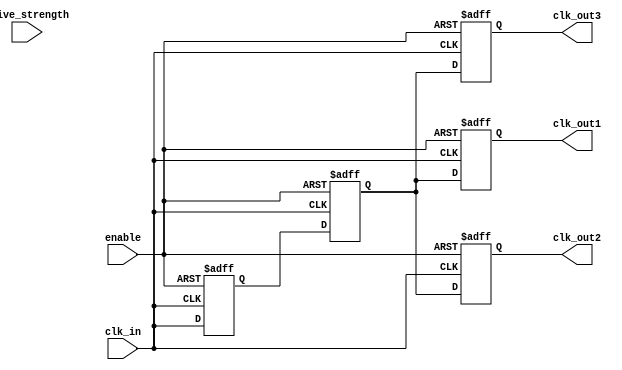
module low_power_clock_buffer (
    input wire clk_in,          // Input clock signal
    input wire enable,          // Enable signal for the buffer
    input wire [1:0] drive_strength, // Configurable drive strength
    output reg clk_out1,        // Buffered clock output 1
    output reg clk_out2,        // Buffered clock output 2
    output reg clk_out3         // Buffered clock output 3
);

    // Parameters for buffer stages
    parameter STAGE1_DELAY = 1; // Delay for stage 1
    parameter STAGE2_DELAY = 2; // Delay for stage 2
    parameter STAGE3_DELAY = 3; // Delay for stage 3

    // Internal signals for clock buffering
    reg clk_stage1;
    reg clk_stage2;

    // Clock gating logic
    always @(posedge clk_in or negedge enable) begin
        if (!enable) begin
            clk_stage1 <= 1'b0;
            clk_stage2 <= 1'b0;
            clk_out1 <= 1'b0;
            clk_out2 <= 1'b0;
            clk_out3 <= 1'b0;
        end else begin
            // Stage 1 buffering
            clk_stage1 <= #STAGE1_DELAY clk_in;

            // Stage 2 buffering
            clk_stage2 <= #STAGE2_DELAY clk_stage1;

            // Output generation based on drive strength
            case (drive_strength)
                2'b00: begin // Low drive strength
                    clk_out1 <= #STAGE3_DELAY clk_stage2;
                    clk_out2 <= #STAGE3_DELAY clk_stage2;
                    clk_out3 <= #STAGE3_DELAY clk_stage2;
                end
                2'b01: begin // Medium drive strength
                    clk_out1 <= #STAGE3_DELAY clk_stage2;
                    clk_out2 <= #STAGE3_DELAY clk_stage2;
                    clk_out3 <= #STAGE3_DELAY clk_stage2;
                end
                2'b10: begin // High drive strength
                    clk_out1 <= #STAGE3_DELAY clk_stage2;
                    clk_out2 <= #STAGE3_DELAY clk_stage2;
                    clk_out3 <= #STAGE3_DELAY clk_stage2;
                end
                default: begin
                    clk_out1 <= #STAGE3_DELAY clk_stage2;
                    clk_out2 <= #STAGE3_DELAY clk_stage2;
                    clk_out3 <= #STAGE3_DELAY clk_stage2;
                end
            endcase
        end
    end

endmodule